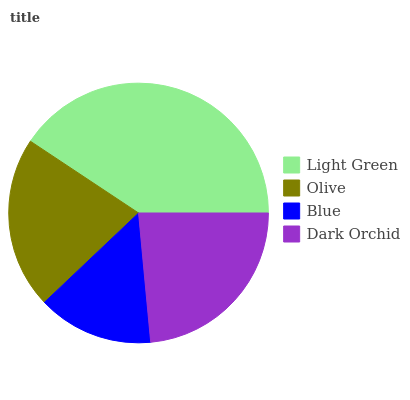
| Light Green | Olive | Blue | Dark Orchid |
 | --- | --- | --- | --- |
 | 40.7% | 21.3% | 14.4% | 23.5% |